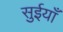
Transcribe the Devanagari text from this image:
सुईयाँ